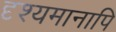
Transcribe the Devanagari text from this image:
दृश्यमानापि